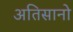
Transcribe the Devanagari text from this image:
अतिसानो